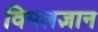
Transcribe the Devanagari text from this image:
विमलज्ञान